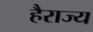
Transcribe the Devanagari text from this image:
हैराज्य